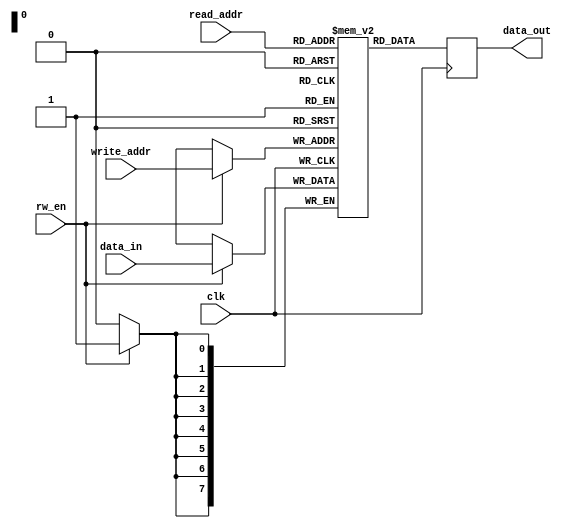
module dual_port_ram (
    input wire clk,
    input wire rw_en,
    input wire [7:0] write_addr,
    input wire [7:0] read_addr,
    input wire [7:0] data_in,
    output reg [7:0] data_out
);

reg [7:0] mem [0:255];

always @(posedge clk) begin
    if (rw_en) begin
        mem[write_addr] <= data_in;
    end
    data_out <= mem[read_addr];
end

endmodule